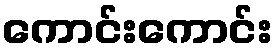
ကောင်းကောင်း